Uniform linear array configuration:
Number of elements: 4
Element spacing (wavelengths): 0.75
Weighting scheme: hann
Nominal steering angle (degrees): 0
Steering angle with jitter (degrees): -0.3471
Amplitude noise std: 0.05
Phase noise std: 0.05

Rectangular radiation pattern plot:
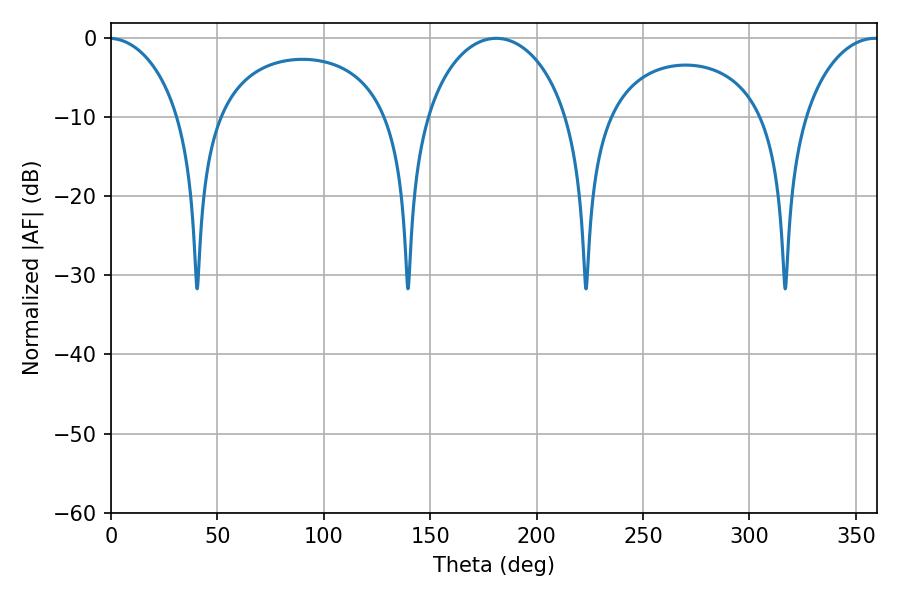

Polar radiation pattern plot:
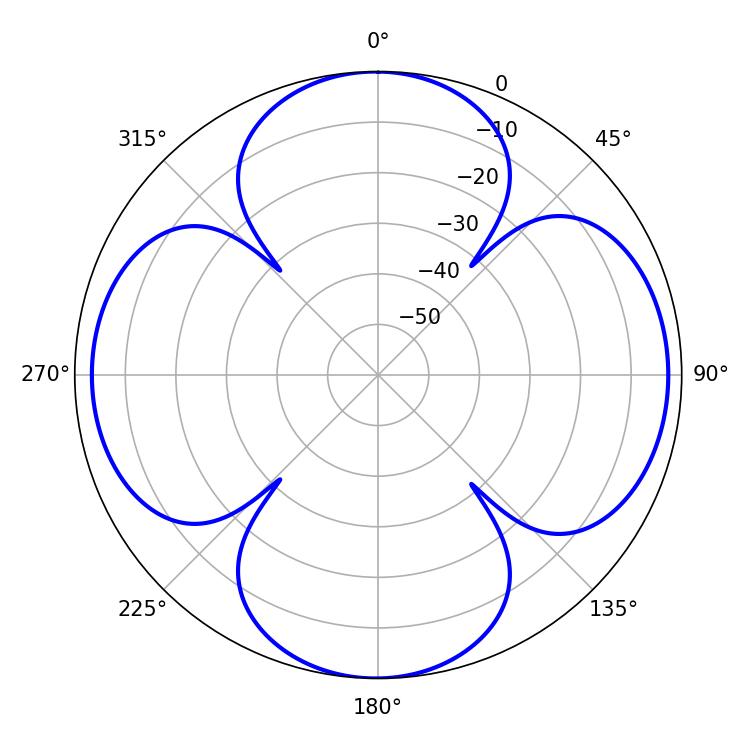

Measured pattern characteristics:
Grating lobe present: TRUE
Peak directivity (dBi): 14.312
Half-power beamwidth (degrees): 20.52
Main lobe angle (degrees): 358.92